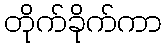
တိုက်ခိုက်ကာ